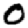
Digit: 0